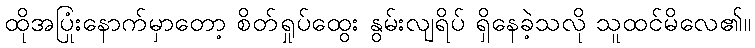
ထိုအပြုံးနောက်မှာတော့ စိတ်ရှုပ်ထွေး နွမ်းလျရိပ် ရှိနေခဲ့သလို သူထင်မိလေ၏။